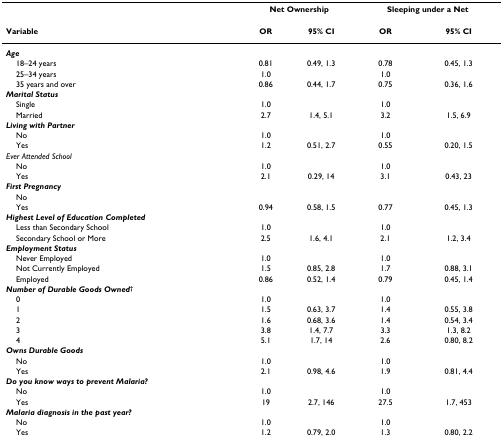
<table><thead><tr><td></td><td colspan="2"><b>Net Ownership</b></td><td colspan="2"><b>Sleeping under a Net</b></td></tr></thead><tbody><tr><td><b>Variable</b></td><td><b>OR</b></td><td><b>95% CI</b></td><td><b>OR</b></td><td><b>95% CI</b></td></tr><tr><td><b><i>Age</i></b></td><td></td><td></td><td></td><td></td></tr><tr><td> 18–24 years</td><td>0.81</td><td>0.49, 1.3</td><td>0.78</td><td>0.45, 1.3</td></tr><tr><td> 25–34 years</td><td>1.0</td><td></td><td>1.0</td><td></td></tr><tr><td> 35 years and over</td><td>0.86</td><td>0.44, 1.7</td><td>0.75</td><td>0.36, 1.6</td></tr><tr><td><b><i>Marital Status</i></b></td><td></td><td></td><td></td><td></td></tr><tr><td> Single</td><td>1.0</td><td></td><td>1.0</td><td></td></tr><tr><td> Married</td><td>2.7</td><td>1.4, 5.1</td><td>3.2</td><td>1.5, 6.9</td></tr><tr><td><b><i>Living with Partner</i></b></td><td></td><td></td><td></td><td></td></tr><tr><td> No</td><td>1.0</td><td></td><td>1.0</td><td></td></tr><tr><td> Yes</td><td>1.2</td><td>0.51, 2.7</td><td>0.55</td><td>0.20, 1.5</td></tr><tr><td><i>Ever Attended School</i></td><td></td><td></td><td></td><td></td></tr><tr><td> No</td><td>1.0</td><td></td><td>1.0</td><td></td></tr><tr><td> Yes</td><td>2.1</td><td>0.29, 14</td><td>3.1</td><td>0.43, 23</td></tr><tr><td><b><i>First Pregnancy</i></b></td><td></td><td></td><td></td><td></td></tr><tr><td> No</td><td></td><td></td><td></td><td></td></tr><tr><td> Yes</td><td>0.94</td><td>0.58, 1.5</td><td>0.77</td><td>0.45, 1.3</td></tr><tr><td><b><i>Highest Level of Education Completed</i></b></td><td></td><td></td><td></td><td></td></tr><tr><td> Less than Secondary School</td><td>1.0</td><td></td><td>1.0</td><td></td></tr><tr><td> Secondary School or More</td><td>2.5</td><td>1.6, 4.1</td><td>2.1</td><td>1.2, 3.4</td></tr><tr><td><b><i>Employment Status</i></b></td><td></td><td></td><td></td><td></td></tr><tr><td> Never Employed</td><td>1.0</td><td></td><td>1.0</td><td></td></tr><tr><td> Not Currently Employed</td><td>1.5</td><td>0.85, 2.8</td><td>1.7</td><td>0.88, 3.1</td></tr><tr><td> Employed</td><td>0.86</td><td>0.52, 1.4</td><td>0.79</td><td>0.45, 1.4</td></tr><tr><td><b><i>Number of Durable Goods Owned</i><sup>†</sup></b></td><td></td><td></td><td></td><td></td></tr><tr><td> 0</td><td>1.0</td><td></td><td>1.0</td><td></td></tr><tr><td> 1</td><td>1.5</td><td>0.63, 3.7</td><td>1.4</td><td>0.55, 3.8</td></tr><tr><td> 2</td><td>1.6</td><td>0.68, 3.6</td><td>1.4</td><td>0.54, 3.4</td></tr><tr><td> 3</td><td>3.8</td><td>1.4, 7.7</td><td>3.3</td><td>1.3, 8.2</td></tr><tr><td> 4</td><td>5.1</td><td>1.7, 14</td><td>2.6</td><td>0.80, 8.2</td></tr><tr><td><b><i>Owns Durable Goods</i></b></td><td></td><td></td><td></td><td></td></tr><tr><td> No</td><td>1.0</td><td></td><td>1.0</td><td></td></tr><tr><td> Yes</td><td>2.1</td><td>0.98, 4.6</td><td>1.9</td><td>0.81, 4.4</td></tr><tr><td><b><i>Do you know ways to prevent Malaria?</i></b></td><td></td><td></td><td></td><td></td></tr><tr><td> No</td><td>1.0</td><td></td><td>1.0</td><td></td></tr><tr><td> Yes</td><td>19</td><td>2.7, 146</td><td>27.5</td><td>1.7, 453</td></tr><tr><td><b><i>Malaria diagnosis in the past year?</i></b></td><td></td><td></td><td></td><td></td></tr><tr><td> No</td><td>1.0</td><td></td><td>1.0</td><td></td></tr><tr><td> Yes</td><td>1.2</td><td>0.79, 2.0</td><td>1.3</td><td>0.80, 2.2</td></tr></tbody></table>